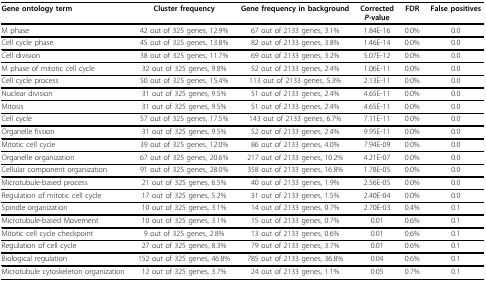
<table><thead><tr><td><b>Gene ontology term</b></td><td><b>Cluster frequency</b></td><td><b>Gene frequency in background</b></td><td><b>Corrected<i>P</i>-value</b></td><td><b>FDR</b></td><td><b>False positives</b></td></tr></thead><tbody><tr><td>M phase</td><td>42 out of 325 genes, 12.9%</td><td>67 out of 2133 genes, 3.1%</td><td>1.84E-16</td><td>0.0%</td><td>0.0</td></tr><tr><td>Cell cycle phase</td><td>45 out of 325 genes, 13.8%</td><td>82 out of 2133 genes, 3.8%</td><td>1.46E-14</td><td>0.0%</td><td>0.0</td></tr><tr><td>Cell division</td><td>38 out of 325 genes, 11.7%</td><td>69 out of 2133 genes, 3.2%</td><td>5.07E-12</td><td>0.0%</td><td>0.0</td></tr><tr><td>M phase of mitotic cell cycle</td><td>32 out of 325 genes, 9.8%</td><td>52 out of 2133 genes, 2.4%</td><td>1.06E-11</td><td>0.0%</td><td>0.0</td></tr><tr><td>Cell cycle process</td><td>50 out of 325 genes, 15.4%</td><td>113 out of 2133 genes, 5.3%</td><td>2.13E-11</td><td>0.0%</td><td>0.0</td></tr><tr><td>Nuclear division</td><td>31 out of 325 genes, 9.5%</td><td>51 out of 2133 genes, 2.4%</td><td>4.65E-11</td><td>0.0%</td><td>0.0</td></tr><tr><td>Mitosis</td><td>31 out of 325 genes, 9.5%</td><td>51 out of 2133 genes, 2.4%</td><td>4.65E-11</td><td>0.0%</td><td>0.0</td></tr><tr><td>Cell cycle</td><td>57 out of 325 genes, 17.5%</td><td>143 out of 2133 genes, 6.7%</td><td>7.11E-11</td><td>0.0%</td><td>0.0</td></tr><tr><td>Organelle fission</td><td>31 out of 325 genes, 9.5%</td><td>52 out of 2133 genes, 2.4%</td><td>9.95E-11</td><td>0.0%</td><td>0.0</td></tr><tr><td>Mitotic cell cycle</td><td>39 out of 325 genes, 12.0%</td><td>86 out of 2133 genes, 4.0%</td><td>7.94E-09</td><td>0.0%</td><td>0.0</td></tr><tr><td>Organelle organization</td><td>67 out of 325 genes, 20.6%</td><td>217 out of 2133 genes, 10.2%</td><td>4.21E-07</td><td>0.0%</td><td>0.0</td></tr><tr><td>Cellular component organization</td><td>91 out of 325 genes, 28.0%</td><td>358 out of 2133 genes, 16.8%</td><td>1.78E-05</td><td>0.0%</td><td>0.0</td></tr><tr><td>Microtubule-based process</td><td>21 out of 325 genes, 6.5%</td><td>40 out of 2133 genes, 1.9%</td><td>2.56E-05</td><td>0.0%</td><td>0.0</td></tr><tr><td>Regulation of mitotic cell cycle</td><td>17 out of 325 genes, 5.2%</td><td>31 out of 2133 genes, 1.5%</td><td>2.40E-04</td><td>0.0%</td><td>0.0</td></tr><tr><td>Spindle organization</td><td>10 out of 325 genes, 3.1%</td><td>14 out of 2133 genes, 0.7%</td><td>2.70E-03</td><td>0.4%</td><td>0.1</td></tr><tr><td>Microtubule-based Movement</td><td>10 out of 325 genes, 3.1%</td><td>15 out of 2133 genes, 0.7%</td><td>0.01</td><td>0.6%</td><td>0.1</td></tr><tr><td>Mitotic cell cycle checkpoint</td><td>9 out of 325 genes, 2.8%</td><td>13 out of 2133 genes, 0.6%</td><td>0.01</td><td>0.6%</td><td>0.1</td></tr><tr><td>Regulation of cell cycle</td><td>27 out of 325 genes, 8.3%</td><td>79 out of 2133 genes, 3.7%</td><td>0.01</td><td>0.6%</td><td>0.1</td></tr><tr><td>Biological regulation</td><td>152 out of 325 genes, 46.8%</td><td>785 out of 2133 genes, 36.8%</td><td>0.04</td><td>0.6%</td><td>0.1</td></tr><tr><td>Microtubule cytoskeleton organization</td><td>12 out of 325 genes, 3.7%</td><td>24 out of 2133 genes, 1.1%</td><td>0.05</td><td>0.7%</td><td>0.1</td></tr></tbody></table>